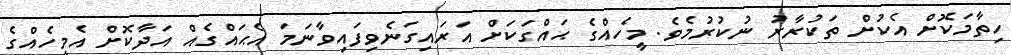
ހިތާމަކޮށް އެކުށް ތަކުރާރު ނުކުރުމެވެ. މީހެއްގެ ޙައްގަކަށް އަރައިގަނެވިފައިވާނަމަ އެޙައްގެއް އަދާކޮށް އެމީހެއްގެ